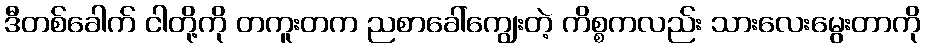
ဒီတစ်ခေါက် ငါတို့ကို တကူးတက ညစာခေါ်ကျွေးတဲ့ ကိစ္စကလည်း သားလေးမွေးတာကို